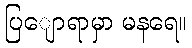
ပြျောရာမှာ မနရေ။